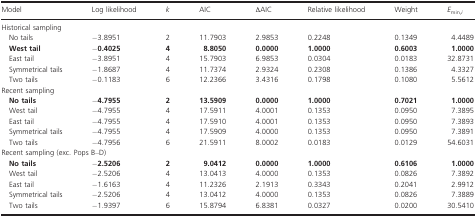
| Model | Log likelihood | k | AIC | ∆AIC | Relative likelihood | Weight | Emin,i |
 | --- | --- | --- | --- | --- | --- | --- | --- |
 | <COLSPAN=8> Historical sampling |
 | No tails | −3.8951 | 2 | 11.7903 | 2.9853 | 0.2248 | 0.1349 | 4.4489 |
 | West tail | −0.4025 | 4 | 8.8050 | 0.0000 | 1.0000 | 0.6003 | 1.0000 |
 | East tail | −3.8951 | 4 | 15.7903 | 6.9853 | 0.0304 | 0.0183 | 32.8731 |
 | Symmetrical tails | −1.8687 | 4 | 11.7374 | 2.9324 | 0.2308 | 0.1386 | 4.3327 |
 | Two tails | −0.1183 | 6 | 12.2366 | 3.4316 | 0.1798 | 0.1080 | 5.5612 |
 | <COLSPAN=8> Recent sampling |
 | No tails | −4.7955 | 2 | 13.5909 | 0.0000 | 1.0000 | 0.7021 | 1.0000 |
 | West tail | −4.7955 | 4 | 17.5911 | 4.0001 | 0.1353 | 0.0950 | 7.3895 |
 | East tail | −4.7955 | 4 | 17.5910 | 4.0001 | 0.1353 | 0.0950 | 7.3893 |
 | Symmetrical tails | −4.7955 | 4 | 17.5909 | 4.0000 | 0.1353 | 0.0950 | 7.3891 |
 | Two tails | −4.7956 | 6 | 21.5911 | 8.0002 | 0.0183 | 0.0129 | 54.6031 |
 | <COLSPAN=8> Recent sampling (exc. Pops B–D) |
 | No tails | −2.5206 | 2 | 9.0412 | 0.0000 | 1.0000 | 0.6106 | 1.0000 |
 | West tail | −2.5206 | 4 | 13.0413 | 4.0000 | 0.1353 | 0.0826 | 7.3892 |
 | East tail | −1.6163 | 4 | 11.2326 | 2.1913 | 0.3343 | 0.2041 | 2.9912 |
 | Symmetrical tails | −2.5206 | 4 | 13.0412 | 4.0000 | 0.1353 | 0.0826 | 7.3889 |
 | Two tails | −1.9397 | 6 | 15.8794 | 6.8381 | 0.0327 | 0.0200 | 30.5410 |